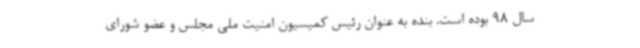
سال 98 بوده است. بنده به عنوان رئیس کمیسیون امنیت ملی مجلس و عضو شورای